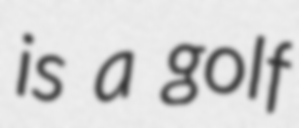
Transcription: is a golf